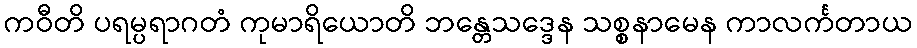
ကဝီတိ ပရမ္ပရာဂတံ ကုမာရိယောတိ ဘန္တေသဒ္ဒေန သစ္စနာမေန ကာလင်္ကတာယ